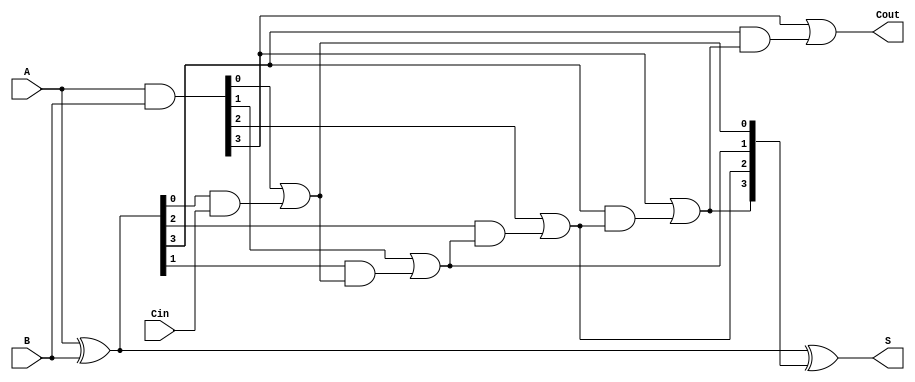
module ling_adder #(parameter n = 4) (
    input [n-1:0] A,      // First n-bit input
    input [n-1:0] B,      // Second n-bit input
    input Cin,            // Carry-in
    output [n-1:0] S,     // Sum output
    output Cout           // Carry-out
);
    wire [n-1:0] G;       // Generate signals
    wire [n-1:0] P;       // Propagate signals
    wire [n:0] C;         // Carry signals

    // Generate and Propagate calculations
    assign G = A & B;                      // G[i] = A[i] AND B[i]
    assign P = A ^ B;                      // P[i] = A[i] XOR B[i]

    // Carry calculation
    assign C[0] = G[0] | (P[0] & Cin);     // C0 = G0 + P0 * Cin
    genvar i;
    generate
        for (i = 1; i < n; i = i + 1) begin : carry_gen
            assign C[i] = G[i] | (P[i] & C[i-1]); // Ci = Gi + Pi * Ci-1
        end
    endgenerate
    assign Cout = G[n-1] | (P[n-1] & C[n-1]); // Cout for the last bit

    // Sum calculation
    assign S = A ^ B ^ C[n-1:0];             // S[i] = A[i] XOR B[i] XOR Ci

endmodule